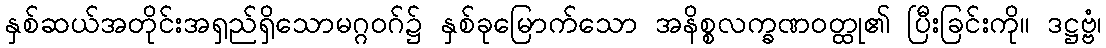
နှစ်ဆယ်အတိုင်းအရှည်ရှိသောမဂ္ဂဝဂ်၌ နှစ်ခုမြောက်သော အနိစ္စလက္ခဏဝတ္ထု၏ ပြီးခြင်းကို။ ဒဋ္ဌဗ္ဗံ၊